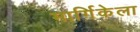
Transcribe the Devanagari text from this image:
मार्गिकेला